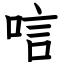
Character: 唁